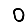
Digit: 0